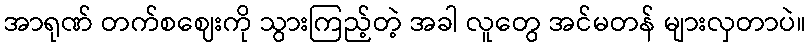
အာရုဏ် တက်စဈေးကို သွားကြည့်တဲ့ အခါ လူတွေ အင်မတန် များလှတာပဲ။